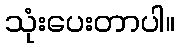
သုံးပေးတာပါ။